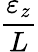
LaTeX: \frac{\varepsilon_{z}}{L}